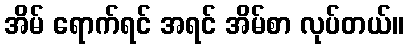
အိမ် ရောက်ရင် အရင် အိမ်စာ လုပ်တယ်။